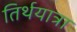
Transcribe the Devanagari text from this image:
तिर्थयात्रा